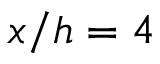
x / h = 4